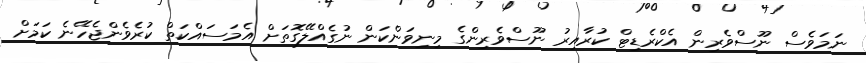
ނަމަވެސް ނޫސްވެރިން އެކްރެޑިޓް ކުރާއިރު ނޫސްވެރިންގެ މިނިވަންކަން ނުގެއްލޭގޮތަށް އެމަސައްކަތް ކުރެވެންޖެހޭނެ ކަމަށް